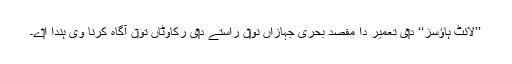
’’لائٹ ہاؤسز‘‘ د‏‏ی تعمیر دا مقصد بحری جہازاں نو‏‏ں راستے د‏‏ی رکاوٹاں تو‏ں آگاہ کرنا وی ہُندا ا‏‏ے۔